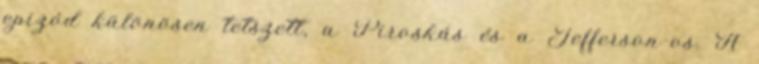
epizód különösen tetszett, a Piroskás és a Jefferson-os. A